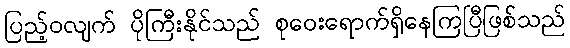
ပြည့်ဝလျက် ပိုကြီးနိုင်သည် စုဝေးရောက်ရှိနေကြပြီဖြစ်သည်